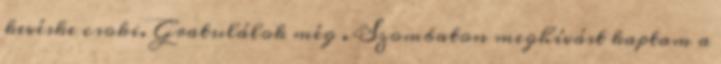
kevéske csoki. Gratulálok még . Szombaton meghívást kaptam a